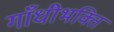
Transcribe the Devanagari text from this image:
गाँधीभक्ति